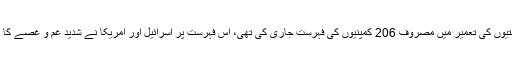
واضح رہے کہ اقوام متحدہ کی انسانی حقوق کونسل نے چند ماہ قبل غیر قانونی صیہونی بستیوں کی تعمیر میں مصروف 206 کمپنیوں کی فہرست جاری کی تھی، اس فہرست پر اسرائیل اور امریکا نے شدید غم و غصے کا اظہار کیا تھا، ان کمپنیوں میں سے 143 کا تعلق اسرائیل اور 22 کا تعلق امریکا سے ہے۔